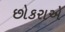
છોકરાએ